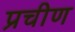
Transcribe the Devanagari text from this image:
प्रचीण